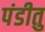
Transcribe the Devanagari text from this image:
पंडीतु